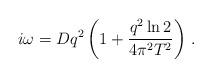
LaTeX: \begin{align*}i\omega = D q^2 \left( 1 + {q^2 \ln{2}\over 4 \pi^2 T^2}\right)\,.\end{align*}